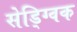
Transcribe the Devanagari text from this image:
सेड्ग्विक